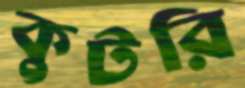
কুটরি